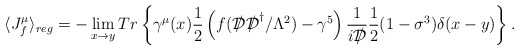
\begin{align*}\langle J^{\mu}_f \rangle_{reg}=- \lim_{x \rightarrow y}Tr\left\{\gamma^\mu(x)\frac{1}{2}\left(f({{\cal D}\kern-0.15em\raise0.17ex\llap{/}\kern0.15em\relax}{{\cal D}\kern-0.15em\raise0.17ex\llap{/}\kern0.15em\relax}^\dagger/\Lambda^2)-\gamma^5\right)\frac{1}{i{{\cal D}\kern-0.15em\raise0.17ex\llap{/}\kern0.15em\relax}}\frac{1}{2}(1-\sigma^3)\delta(x-y)\right\}.\end{align*}